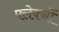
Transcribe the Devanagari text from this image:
फ्लेक्नों